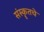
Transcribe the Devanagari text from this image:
संस्कॄतचे